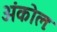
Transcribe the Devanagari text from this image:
अंकोलः